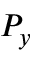
P _ { y }